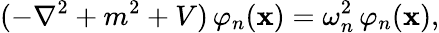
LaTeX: (-\nabla^{2}+m^{2}+V)\, \varphi_{n}({\mathbf x})=\omega_{n}^{2}\, \varphi_{n}({\mathbf x}),